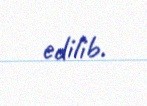
edilib.